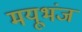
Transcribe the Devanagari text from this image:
मयूभंज